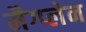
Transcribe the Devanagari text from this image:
मैग्प्लेन